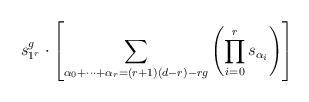
LaTeX: \begin{align*}s_{1^r}^g\cdot \left[ \sum_{\alpha_0+\cdots+\alpha_r=(r+1)(d-r)-rg}\left(\prod_{i=0}^r s_{\alpha_i}\right)\right]\end{align*}